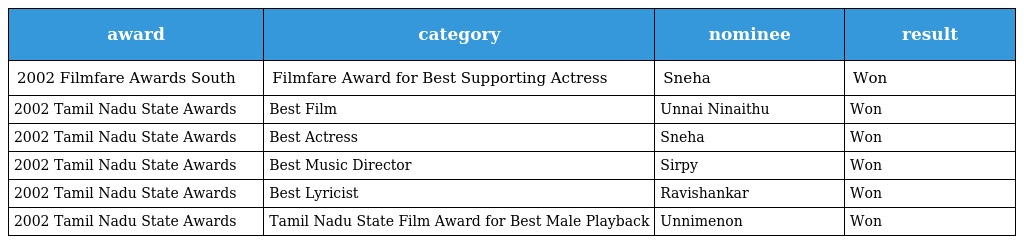
| award | category | nominee | result |
 | --- | --- | --- | --- |
 | 2002 Filmfare Awards South | Filmfare Award for Best Supporting Actress | Sneha | Won |
 | 2002 Tamil Nadu State Awards | Best Film | Unnai Ninaithu | Won |
 | 2002 Tamil Nadu State Awards | Best Actress | Sneha | Won |
 | 2002 Tamil Nadu State Awards | Best Music Director | Sirpy | Won |
 | 2002 Tamil Nadu State Awards | Best Lyricist | Ravishankar | Won |
 | 2002 Tamil Nadu State Awards | Tamil Nadu State Film Award for Best Male Playback | Unnimenon | Won |